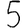
Digit: 5